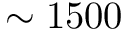
\sim 1 5 0 0